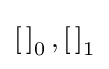
\left[\,\right]_{0},\left[\,\right]_{1}